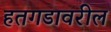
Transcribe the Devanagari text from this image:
हतगडावरील